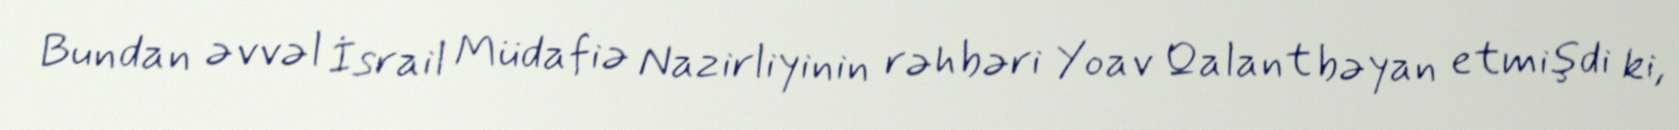
Bundan əvvəl İsrail Müdafiə Nazirliyinin rəhbəri Yoav Qalant bəyan etmişdi ki,